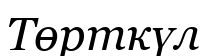
Төрткүл